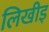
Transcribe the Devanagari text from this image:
लिखीइ